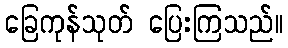
ခြေကုန်သုတ် ပြေးကြသည်။